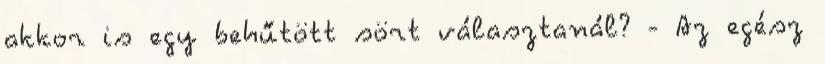
akkor is egy behűtött sört választanál? - Az egész